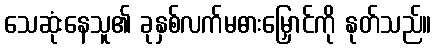
သေဆုံးနေသူ၏ ခုနှစ်လက်မဓားမြှောင်ကို နုတ်သည်။